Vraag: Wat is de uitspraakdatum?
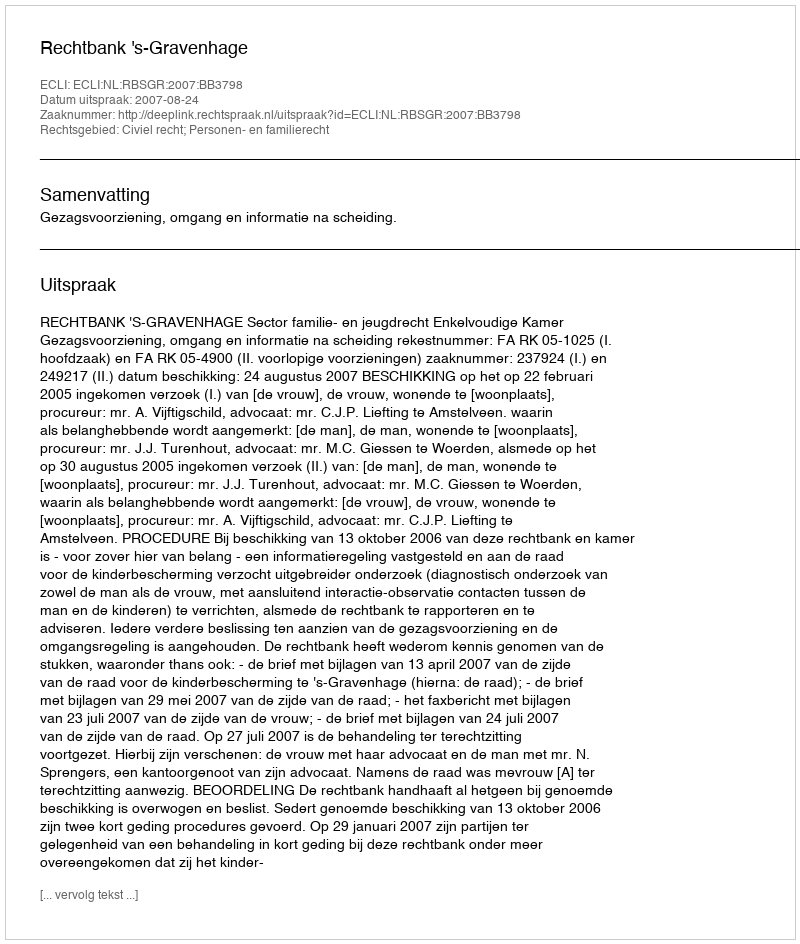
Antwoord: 2007-08-24